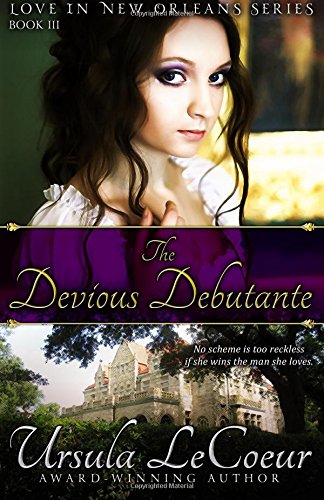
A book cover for The Devious Debutante; Ursula LeCoeur; Romance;